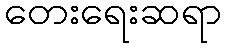
တေးရေးဆရာ